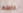
خاصتها